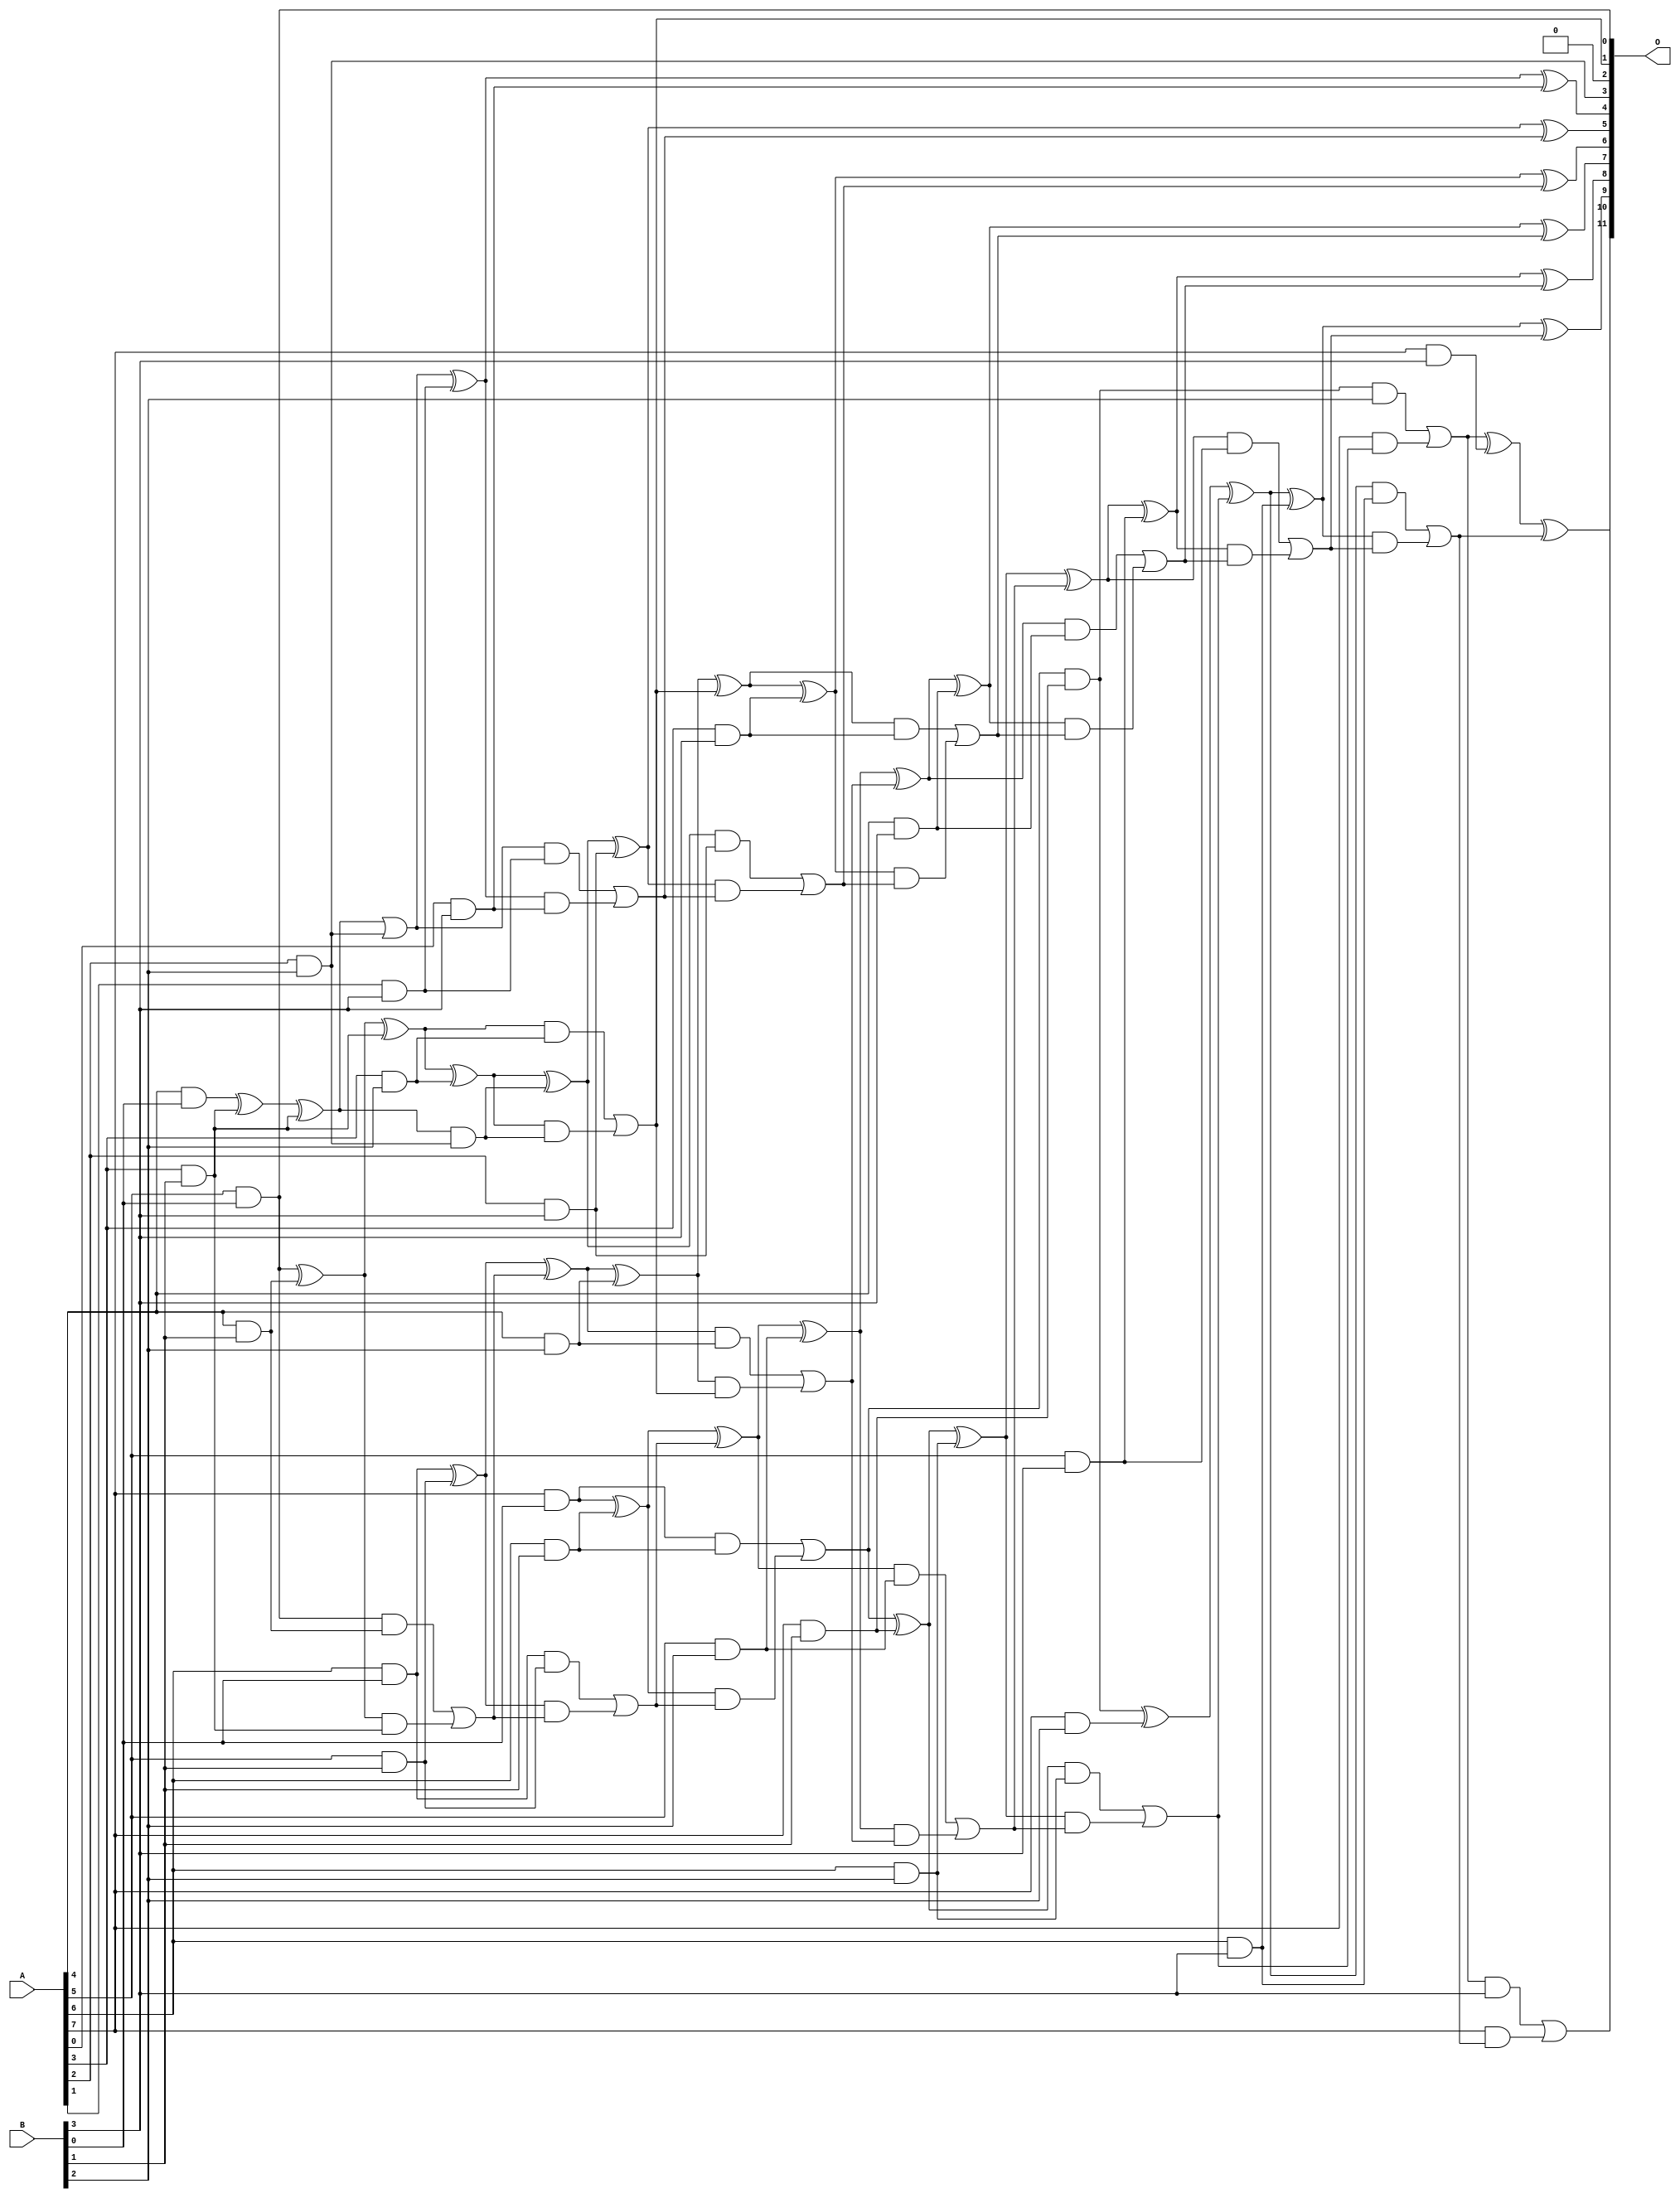
module mul8x4u_2JV (
    A,
    B,
    O
);

input [7:0] A;
input [3:0] B;
output [11:0] O;

wire sig_14,sig_17,sig_18,sig_19,sig_21,sig_23,sig_24,sig_25,sig_26,sig_27,sig_40,sig_43,sig_45,sig_46,sig_47,sig_48,sig_49,sig_50,sig_51,sig_52;
wire sig_53,sig_54,sig_55,sig_56,sig_57,sig_58,sig_59,sig_60,sig_61,sig_64,sig_65,sig_66,sig_67,sig_68,sig_69,sig_78,sig_80,sig_82,sig_83,sig_84;
wire sig_85,sig_86,sig_87,sig_88,sig_89,sig_90,sig_91,sig_92,sig_93,sig_94,sig_95,sig_96,sig_97,sig_98,sig_99,sig_100,sig_101,sig_102,sig_103,sig_104;
wire sig_105,sig_106,sig_108,sig_109,sig_110,sig_111,sig_112,sig_113,sig_114,sig_115,sig_117,sig_118,sig_119,sig_120,sig_121,sig_122,sig_123,sig_124,sig_125,sig_126;
wire sig_127,sig_128,sig_129,sig_130,sig_131,sig_132,sig_133,sig_134,sig_135,sig_136,sig_137,sig_138,sig_139,sig_140,sig_141,sig_142,sig_143,sig_144,sig_145,sig_146;
wire sig_147,sig_148,sig_149,sig_150,sig_151;

assign sig_14 = A[4] & B[0];
assign sig_17 = A[5] & B[0];
assign sig_18 = A[6] & B[0];
assign sig_19 = A[7] & B[0];
assign sig_21 = A[3] & B[1];
assign sig_23 = A[3] & B[1];
assign sig_24 = A[4] & B[1];
assign sig_25 = A[5] & B[1];
assign sig_26 = A[6] & B[1];
assign sig_27 = A[7] & B[1];
assign sig_40 = sig_14 ^ sig_23;
assign sig_43 = sig_40 ^ sig_21;
assign sig_45 = sig_17 ^ sig_24;
assign sig_46 = sig_17 & sig_24;
assign sig_47 = sig_45 & sig_21;
assign sig_48 = sig_45 ^ sig_21;
assign sig_49 = sig_46 | sig_47;
assign sig_50 = sig_18 ^ sig_25;
assign sig_51 = sig_18 & sig_25;
assign sig_52 = sig_50 & sig_49;
assign sig_53 = sig_50 ^ sig_49;
assign sig_54 = sig_51 | sig_52;
assign sig_55 = sig_19 ^ sig_26;
assign sig_56 = sig_19 & sig_26;
assign sig_57 = sig_55 & sig_54;
assign sig_58 = sig_55 ^ sig_54;
assign sig_59 = sig_56 | sig_57;
assign sig_60 = sig_59 & sig_27;
assign sig_61 = sig_59 ^ sig_27;
assign sig_64 = A[2] & B[2];
assign sig_65 = A[3] & B[2];
assign sig_66 = A[4] & B[2];
assign sig_67 = A[5] & B[2];
assign sig_68 = A[6] & B[2];
assign sig_69 = A[7] & B[2];
assign sig_78 = sig_43 & sig_64;
assign sig_80 = sig_43 | sig_64;
assign sig_82 = sig_48 ^ sig_65;
assign sig_83 = sig_48 & sig_65;
assign sig_84 = sig_82 & sig_78;
assign sig_85 = sig_82 ^ sig_78;
assign sig_86 = sig_83 | sig_84;
assign sig_87 = sig_53 ^ sig_66;
assign sig_88 = sig_53 & sig_66;
assign sig_89 = sig_87 & sig_86;
assign sig_90 = sig_87 ^ sig_86;
assign sig_91 = sig_88 | sig_89;
assign sig_92 = sig_58 ^ sig_67;
assign sig_93 = sig_58 & sig_67;
assign sig_94 = sig_92 & sig_91;
assign sig_95 = sig_92 ^ sig_91;
assign sig_96 = sig_93 | sig_94;
assign sig_97 = sig_61 ^ sig_68;
assign sig_98 = sig_61 & sig_68;
assign sig_99 = sig_97 & sig_96;
assign sig_100 = sig_97 ^ sig_96;
assign sig_101 = sig_98 | sig_99;
assign sig_102 = sig_60 ^ sig_69;
assign sig_103 = sig_60 & B[2];
assign sig_104 = A[7] & sig_101;
assign sig_105 = sig_102 ^ sig_101;
assign sig_106 = sig_103 | sig_104;
assign sig_108 = A[1] & B[3];
assign sig_109 = A[2] & B[3];
assign sig_110 = A[3] & B[3];
assign sig_111 = A[4] & B[3];
assign sig_112 = A[5] & B[3];
assign sig_113 = A[6] & B[3];
assign sig_114 = A[7] & B[3];
assign sig_115 = A[0] & B[3];
assign sig_117 = sig_80 ^ sig_108;
assign sig_118 = sig_80 & sig_108;
assign sig_119 = sig_117 & sig_115;
assign sig_120 = sig_117 ^ sig_115;
assign sig_121 = sig_118 | sig_119;
assign sig_122 = sig_85 ^ sig_109;
assign sig_123 = sig_85 & sig_109;
assign sig_124 = sig_122 & sig_121;
assign sig_125 = sig_122 ^ sig_121;
assign sig_126 = sig_123 | sig_124;
assign sig_127 = sig_90 ^ sig_110;
assign sig_128 = sig_90 & sig_110;
assign sig_129 = sig_127 & sig_126;
assign sig_130 = sig_127 ^ sig_126;
assign sig_131 = sig_128 | sig_129;
assign sig_132 = sig_95 ^ sig_111;
assign sig_133 = sig_95 & sig_111;
assign sig_134 = sig_132 & sig_131;
assign sig_135 = sig_132 ^ sig_131;
assign sig_136 = sig_133 | sig_134;
assign sig_137 = sig_100 ^ sig_112;
assign sig_138 = sig_100 & sig_112;
assign sig_139 = sig_137 & sig_136;
assign sig_140 = sig_137 ^ sig_136;
assign sig_141 = sig_138 | sig_139;
assign sig_142 = sig_105 ^ sig_113;
assign sig_143 = sig_105 & sig_113;
assign sig_144 = sig_142 & sig_141;
assign sig_145 = sig_142 ^ sig_141;
assign sig_146 = sig_143 | sig_144;
assign sig_147 = sig_106 ^ sig_114;
assign sig_148 = sig_106 & B[3];
assign sig_149 = A[7] & sig_146;
assign sig_150 = sig_147 ^ sig_146;
assign sig_151 = sig_148 | sig_149;

assign O[11] = sig_151;
assign O[10] = sig_150;
assign O[9] = sig_145;
assign O[8] = sig_140;
assign O[7] = sig_135;
assign O[6] = sig_130;
assign O[5] = sig_125;
assign O[4] = sig_120;
assign O[3] = sig_64;
assign O[2] = 1'b0;
assign O[1] = sig_86;
assign O[0] = sig_17;

endmodule